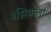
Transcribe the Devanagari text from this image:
रझियाला